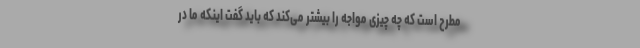
مطرح است که چه چیزی مواجه را بیشتر می‌کند که باید گفت اینکه ما در